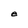
Character: e